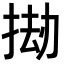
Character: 𫽅